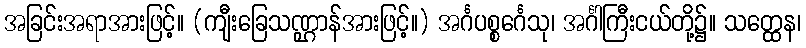
အခြင်းအရာအားဖြင့်။ (ကျီးခြေသဏ္ဌာန်အားဖြင့်။) အင်္ဂပစ္စင်္ဂေသု၊ အင်္ဂါကြီးငယ်တို့၌။ သတ္ထေန၊